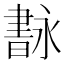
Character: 𦘢